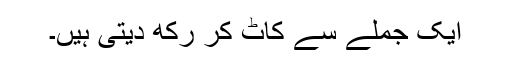
ایک جملے سے کاٹ کر رکھ دیتی ہیں۔